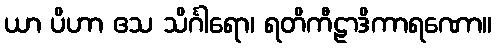
ယာ ပိဟာ ဧသ သိင်္ဂါရော၊ ရတိကီဠာဒိကာရဏော။